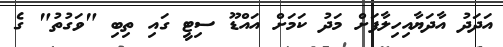
އަދަދު އާދަޔާއިހިލާފަށް މަދު ކަމަށް އައްޑޫ ސިޓީ ގައި ތިބި "ވަގުތު" ގެ